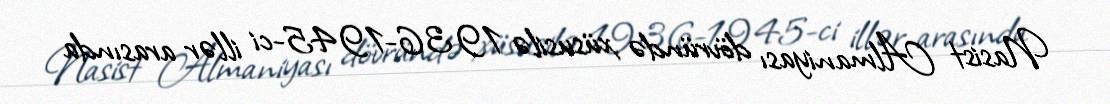
Nasist Almaniyası dövründə xüsusilə 1936-1945-ci illər arasında